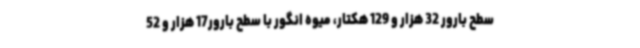
سطح بارور 32 هزار و 129 هکتار، میوه انگور با سطح بارور17 هزار و 52